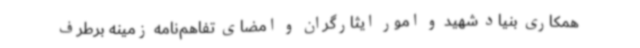
همکاری بنیاد شهید و امور ایثارگران و امضای تفاهم‌نامه زمینه برطرف